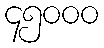
၄၅၀၀၀